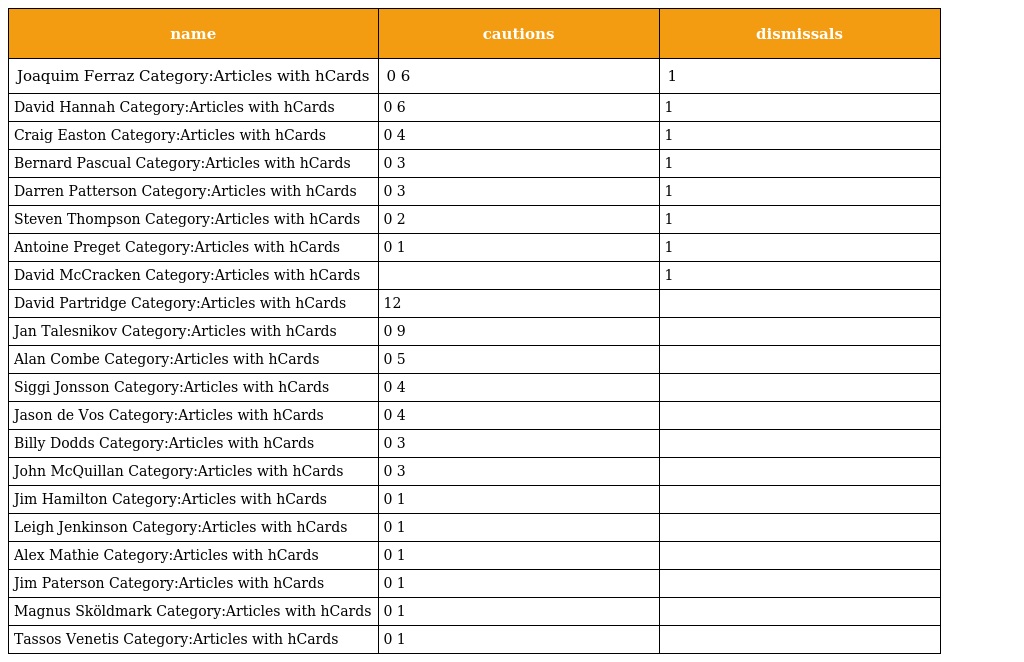
| name | cautions | dismissals |
 | --- | --- | --- |
 | Joaquim Ferraz Category:Articles with hCards | 0 6 | 1 |
 | David Hannah Category:Articles with hCards | 0 6 | 1 |
 | Craig Easton Category:Articles with hCards | 0 4 | 1 |
 | Bernard Pascual Category:Articles with hCards | 0 3 | 1 |
 | Darren Patterson Category:Articles with hCards | 0 3 | 1 |
 | Steven Thompson Category:Articles with hCards | 0 2 | 1 |
 | Antoine Preget Category:Articles with hCards | 0 1 | 1 |
 | David McCracken Category:Articles with hCards |  | 1 |
 | David Partridge Category:Articles with hCards | 12 |  |
 | Jan Talesnikov Category:Articles with hCards | 0 9 |  |
 | Alan Combe Category:Articles with hCards | 0 5 |  |
 | Siggi Jonsson Category:Articles with hCards | 0 4 |  |
 | Jason de Vos Category:Articles with hCards | 0 4 |  |
 | Billy Dodds Category:Articles with hCards | 0 3 |  |
 | John McQuillan Category:Articles with hCards | 0 3 |  |
 | Jim Hamilton Category:Articles with hCards | 0 1 |  |
 | Leigh Jenkinson Category:Articles with hCards | 0 1 |  |
 | Alex Mathie Category:Articles with hCards | 0 1 |  |
 | Jim Paterson Category:Articles with hCards | 0 1 |  |
 | Magnus Sköldmark Category:Articles with hCards | 0 1 |  |
 | Tassos Venetis Category:Articles with hCards | 0 1 |  |